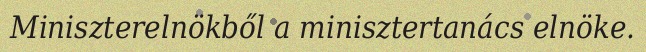
Miniszterelnökből a minisztertanács elnöke.